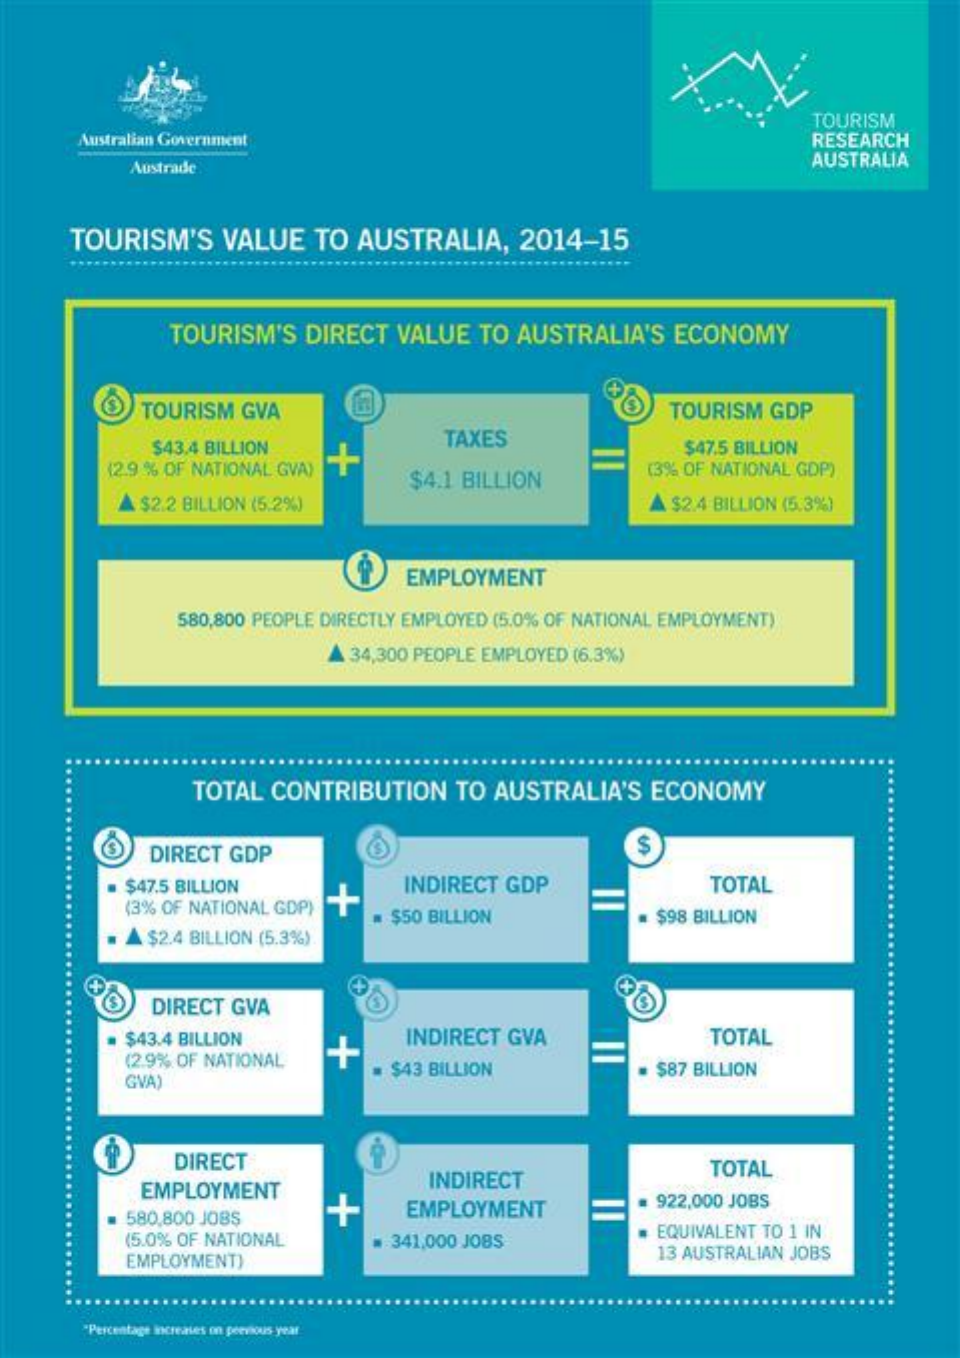
Australian Government
     TOURISM
     RESEARCH
     Austrade    AUSTRALIA
     TOURISM'S    VALUE    TO  AUSTRALIA,    2014-15
     TOURISM'S   DIRECT  VALUE   TO AUSTRALIA'S    ECONOMY
     TOURISM  GVA    TOURISM  GDP
     $43.4 BILLION
     TAXES
     $4.1 BILLION
     =
     $47.5 BILLION
     (2.9 % OF NATIONAL GVA)    (3% OF NATIONAL GDP)
     A $2.2 BILLION (5.2%)    A $2.4 BILLION (5,3%)
     EMPLOYMENT
     580,800 PEOPLE DIRECTLY EMPLOYED (5.0% OF NATIONAL EMPLOYMENT)
     34,300 PEOPLE EMPLOYED (6.3%)
     TOTAL  CONTRIBUTION    TO AUSTRALIA'S    ECONOMY
     DIRECT GDP
     $47.5 BILLION    INDIRECT GDP    TOTAL
     (3% OF NATIONAL GDP)
     $2.4 BILLION (5.3%)
     # $50 BILLION    $98 BILLION
     DIRECT GVA
     $43.4 BILLION    INDIRECT GVA    TOTAL
     (2.9% OF NATIONAL
     GVA)
     $43 BILLION    $87 BILLION
     DIRECT
     EMPLOYMENT    INDIRECT    TOTAL
     580,800 JOBS    +    EMPLOYMENT    =    922,000 JOBS
     (5.0% OF NATIONAL    341,000 JOBS    EQUIVALENT TO 1 IN
     EMPLOYMENT)    13 AUSTRALIAN JOBS
     "Percentage increases on previous year